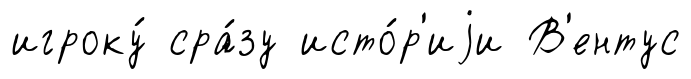
игроку́ сра́зу исто́р'иjи В'ентус